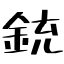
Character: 銃